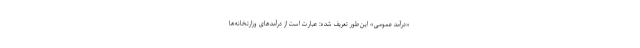
«درآمد عمومی» این‌طور تعریف شده: عبارت است از درآمدهای وزارتخانه‌ها